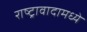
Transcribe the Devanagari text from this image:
राष्ट्रावादामध्ये